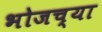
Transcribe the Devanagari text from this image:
भोजच्या